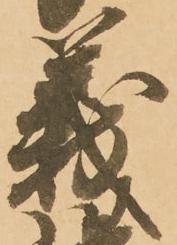
義